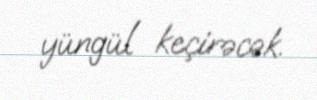
yüngül keçirəcək.